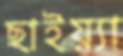
ছাইয়্যা